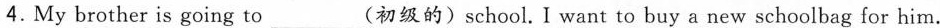
4. My brother is going to___(初级的) school. I want to buy a new schoolbag for him.